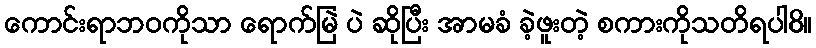
ကောင်းရာဘဝကိုသာ ရောက်မြဲ ပဲ ဆိုပြီး အာမခံ ခဲ့ဖူးတဲ့ စကားကိုသတိရပါ8။